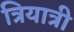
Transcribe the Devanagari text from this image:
त्रियात्री